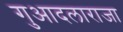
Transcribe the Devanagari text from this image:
गुआदलाराजा